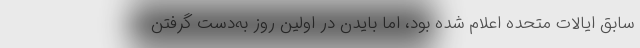
سابق ایالات متحده اعلام شده بود، اما بایدن در اولین روز به‌دست گرفتن